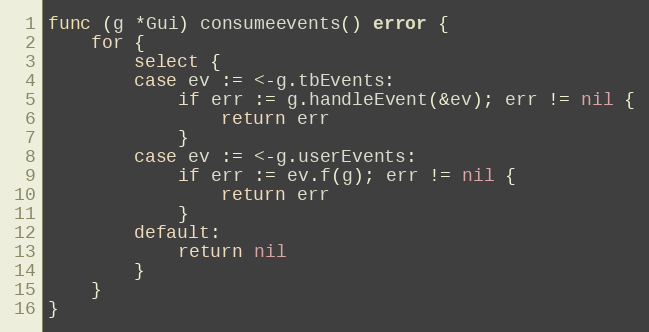
Language: Go
func (g *Gui) consumeevents() error {
	for {
		select {
		case ev := <-g.tbEvents:
			if err := g.handleEvent(&ev); err != nil {
				return err
			}
		case ev := <-g.userEvents:
			if err := ev.f(g); err != nil {
				return err
			}
		default:
			return nil
		}
	}
}